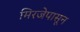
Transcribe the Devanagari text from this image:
मिरजेपासून